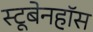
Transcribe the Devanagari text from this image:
स्टूबेनहॉस